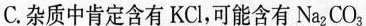
C.杂质中肯定含有KCl，可能含有Na_{2}CO_{3}